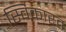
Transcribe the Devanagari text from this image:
स्विकारत